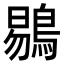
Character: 鶍